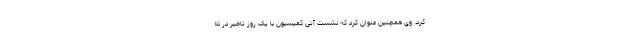
کرد. وی همچنین عنوان کرد که نشست آتی کمیسیون با یک روز تاخیر در ۱۵